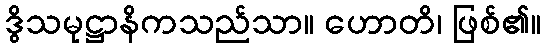
ဒွိသမုဋ္ဌာနိကသည်သာ။ ဟောတိ၊ ဖြစ်၏။